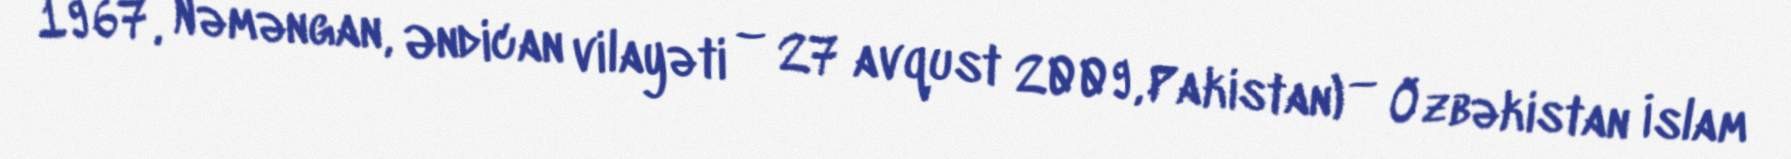
1967, Nəməngan, Əndican vilayəti – 27 avqust 2009, Pakistan) — Özbəkistan İslam